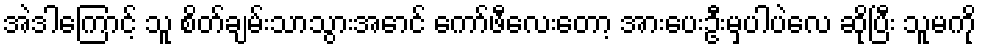
အဲဒါကြောင့် သူ စိတ်ချမ်းသာသွားအောင် ကော်ဖီလေးတော့ အားပေးဦးမှပါပဲလေ ဆိုပြီး သူမကို